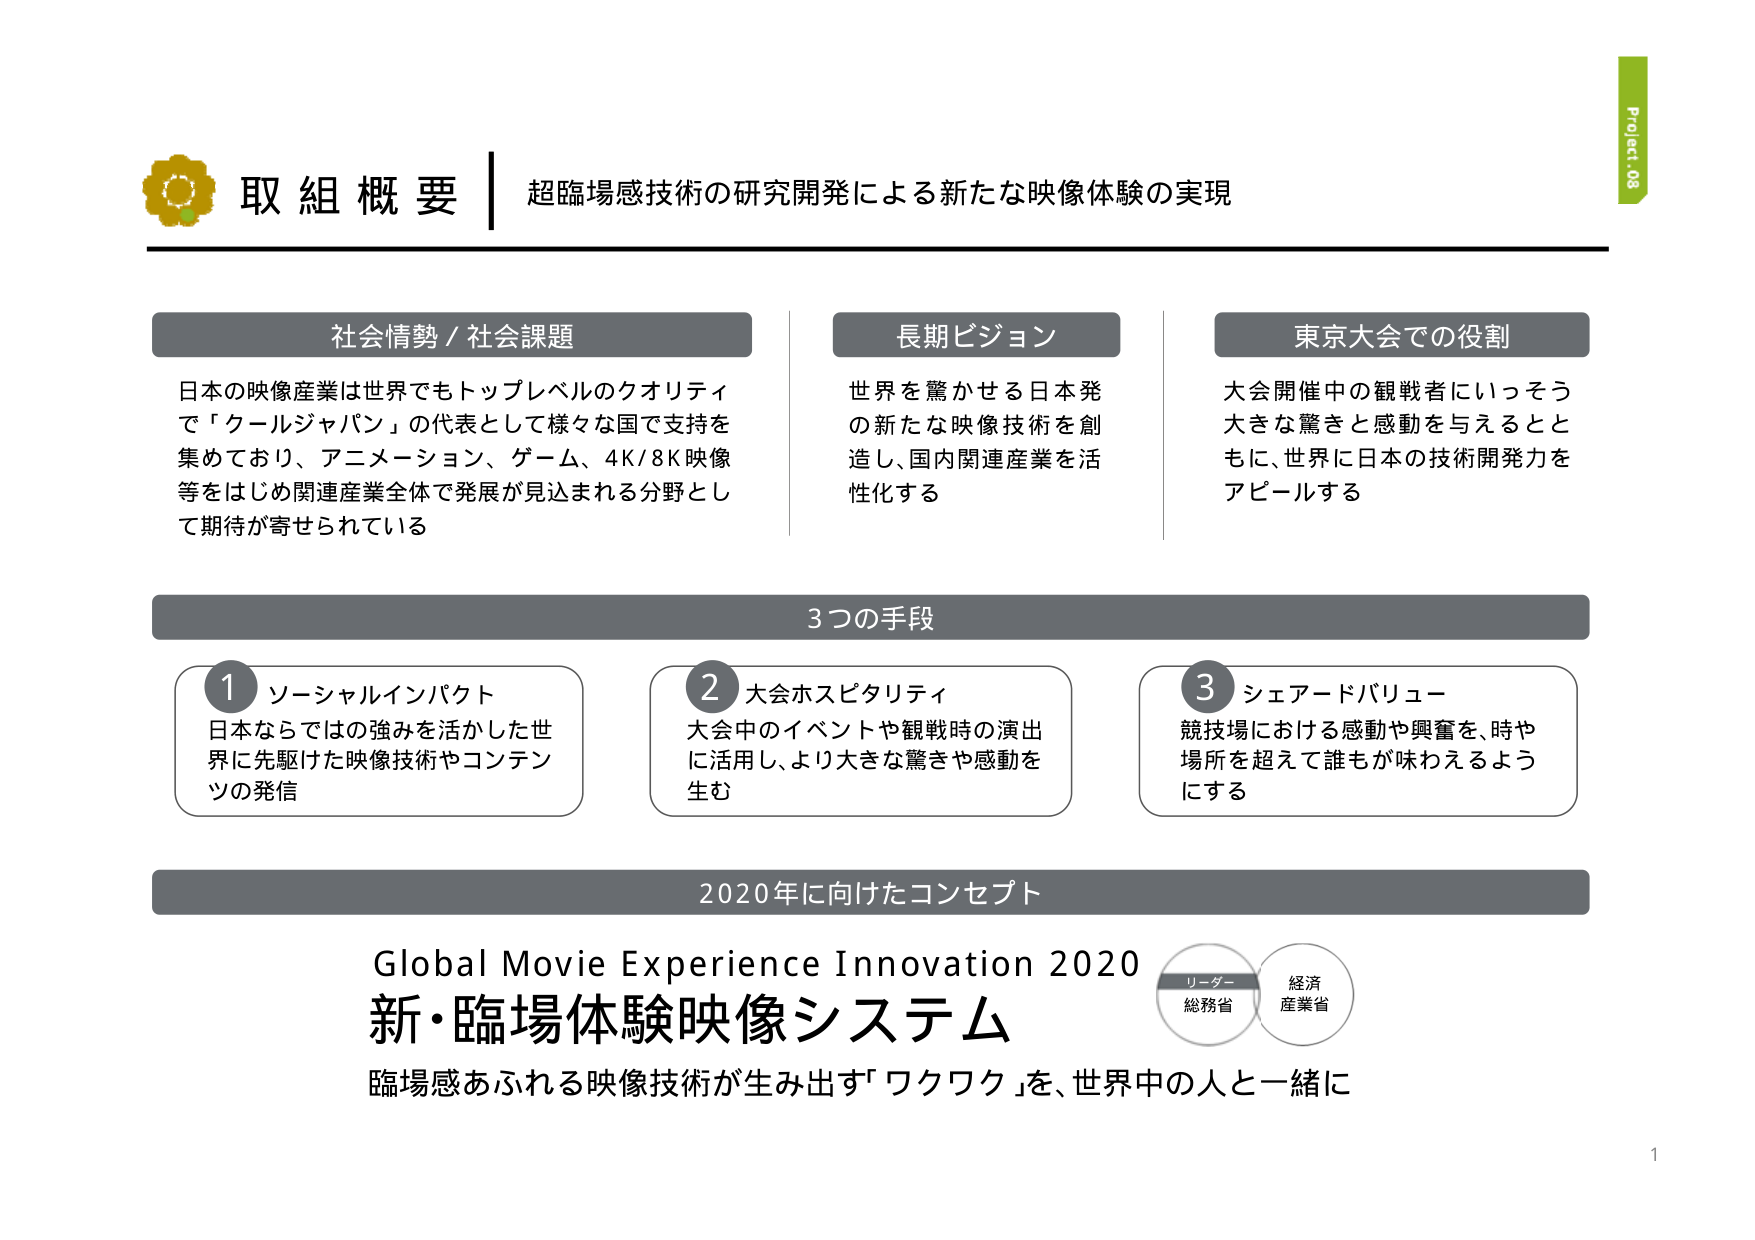
取組概要 | 超臨場感技術の研究開発による新たな映像体験の実現

社会情勢／社会課題
日本の映像産業は世界でもトップレベルのクオリティで「クールジャパン」の代表として様々な国で支持を集めており、アニメーション、ゲーム、4K/8K映像等をはじめ関連産業全体で発展が見込まれる分野として期待が寄せられている

長期ビジョン
世界を驚かせる日本発の新たな映像技術を創造し、国内関連産業を活性化する

東京大会での役割
大会開催中の観戦者にいっそう大きな驚きと感動を与えるとともに、世界に日本の技術開発力をアピールする

3つの手段
① ソーシャルインパクト
日本ならではの強みを活かした世界に先駆けた映像技術やコンテンツの発信

② 大会ホスピタリティ
大会中のイベントや観戦時の演出に活用し、より大きな驚きや感動を生む

③ シェアードバリュー
競技場における感動や興奮を、時や場所を超えて誰もが味わえるようにする

2020年に向けたコンセプト
Global Movie Experience Innovation 2020
新・臨場体験映像システム
臨場感あふれる映像技術が生み出す「ワクワク」を、世界中の人と一緒に

リーダー
総務省
経済産業省

Project_08
1